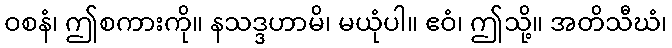
ဝစနံ၊ ဤစကားကို။ နသဒ္ဒဟာမိ၊ မယုံပါ။ ဧဝံ၊ ဤသို့။ အတိသီဃံ၊